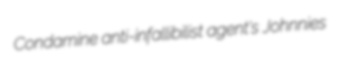
Condamine anti-infallibilist agent's Johnnies